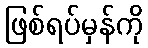
ဖြစ်ရပ်မှန်ကို